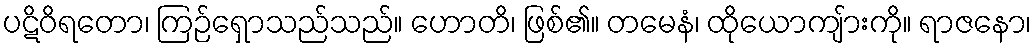
ပဋိဝိရတော၊ ကြဉ်ရှောသည်သည်။ ဟောတိ၊ ဖြစ်၏။ တမေနံ၊ ထိုယောကျ်ားကို။ ရာဇနော၊